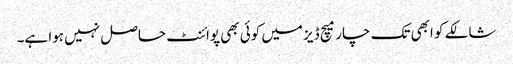
شالکے کو ابھی تک چار میچ ڈیز میں کوئی بھی پوائنٹ حاصل نہیں ہوا ہے۔